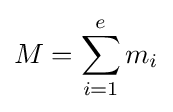
M=\sum _{i=1}^{e}m_{i}